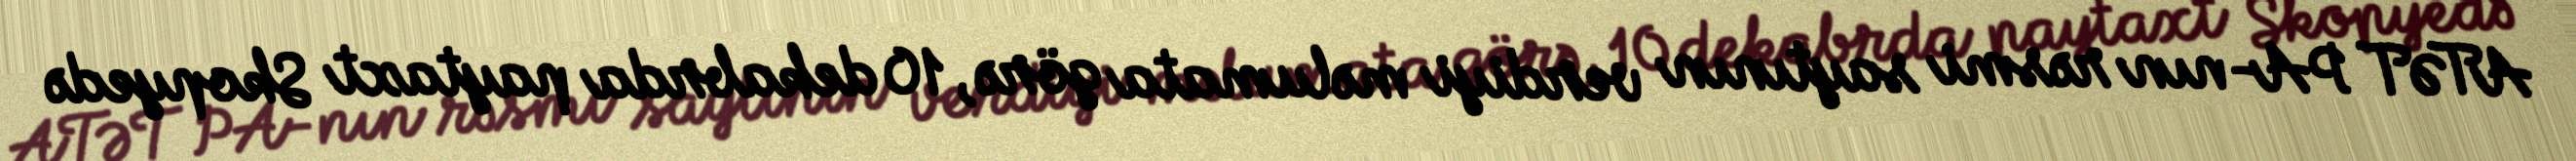
ATƏT PA-nın rəsmi saytının verdiyi məlumata görə, 10 dekabrda paytaxt Skopyedə